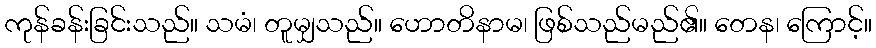
ကုန်ခန်းခြင်းသည်။ သမံ၊ တူမျှသည်။ ဟောတိနာမ၊ ဖြစ်သည်မည်၏။ တေန၊ ကြောင့်။